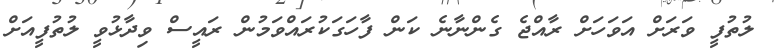
ލުތުފީ ވަރަށް އަވަހަށް ރާއްޖެ ގެންނާނެ ކަން ފާހަގަކުރައްވަމުން ރައީސް ވިދާޅުވީ ލުތުފީއަށް